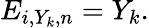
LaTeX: E_{i,Y_{k},n}=Y_{k}.